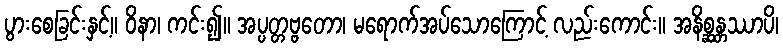
ပွားစေခြင်းနှင့်။ ဝိနာ၊ ကင်း၍။ အပ္ပတ္တဗ္ဗတော၊ မရောက်အပ်သောကြောင့် လည်းကောင်း။ အနိစ္ဆန္တဿာပိ၊